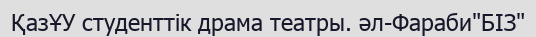
ҚазҰУ студенттік драма театры. әл-Фараби"БІЗ"